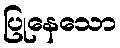
ပြုနေသော